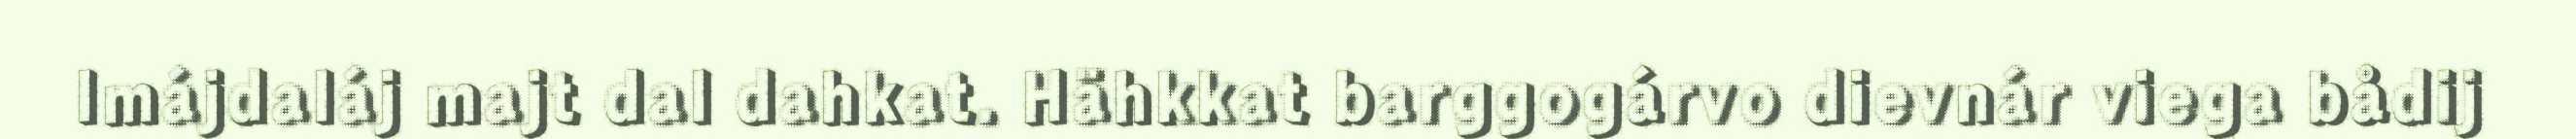
Imájdaláj majt dal dahkat. Hähkkat barggogárvo dievnár viega bådij